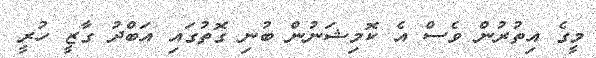
މީގެ އިތުރުން ވެސް އެ ކޮމިޝަނުން ބުނި ގޮތުގައި އަބްދު ގާޒީ ހުރީ